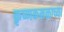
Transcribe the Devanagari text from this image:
कृष्णकमळाच्या